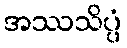
အဿသိပ္ပံ